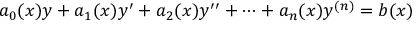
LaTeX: a _ { 0 } ( x ) y + a _ { 1 } ( x ) y ^ { \prime } + a _ { 2 } ( x ) y ^ { \prime \prime } + \cdots + a _ { n } ( x ) y ^ { ( n ) } = b ( x )